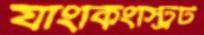
যাংকিংস্ট্রিট